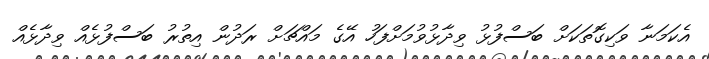
އެކަމަނާ ވަކިގޮތަކަށް ބަސްފުޅު ވިދާޅުވުމަށްފަހު އޭގެ މައްޗަށް ރަދުން އިތުރު ބަސްފުޅެއް ވިދާޅެއް